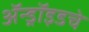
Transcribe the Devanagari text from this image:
ॲन्ड्रॉइडचे